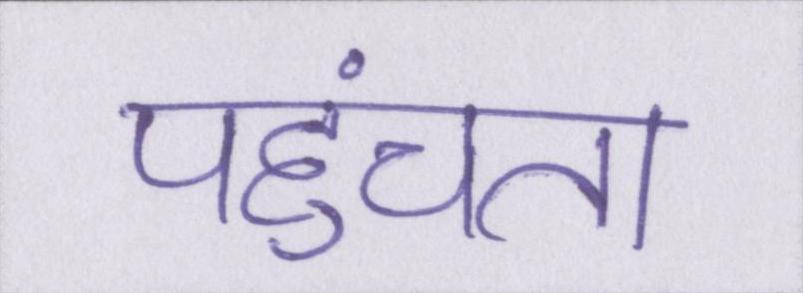
पहुंचता